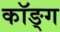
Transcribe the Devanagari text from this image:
कॉङ्‌ग